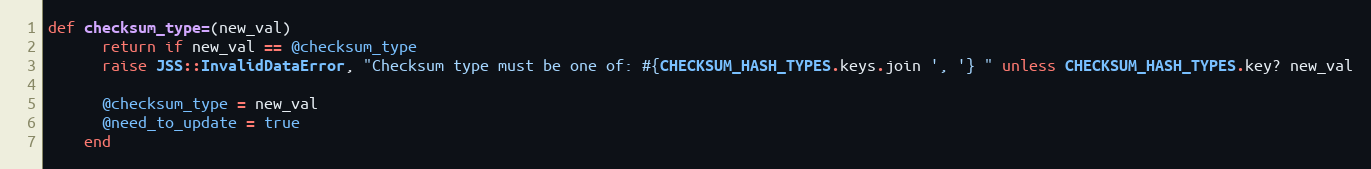
Language: Ruby
def checksum_type=(new_val)
      return if new_val == @checksum_type
      raise JSS::InvalidDataError, "Checksum type must be one of: #{CHECKSUM_HASH_TYPES.keys.join ', '} " unless CHECKSUM_HASH_TYPES.key? new_val

      @checksum_type = new_val
      @need_to_update = true
    end